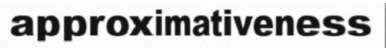
approximativeness